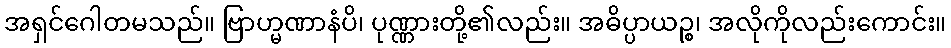
အရှင်ဂေါတမသည်။ ဗြာဟ္မဏာနံပိ၊ ပုဏ္ဏားတို့၏လည်း။ အဓိပ္ပာယဉ္စ၊ အလိုကိုလည်းကောင်း။